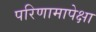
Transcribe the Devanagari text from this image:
परिणामापेक्षा